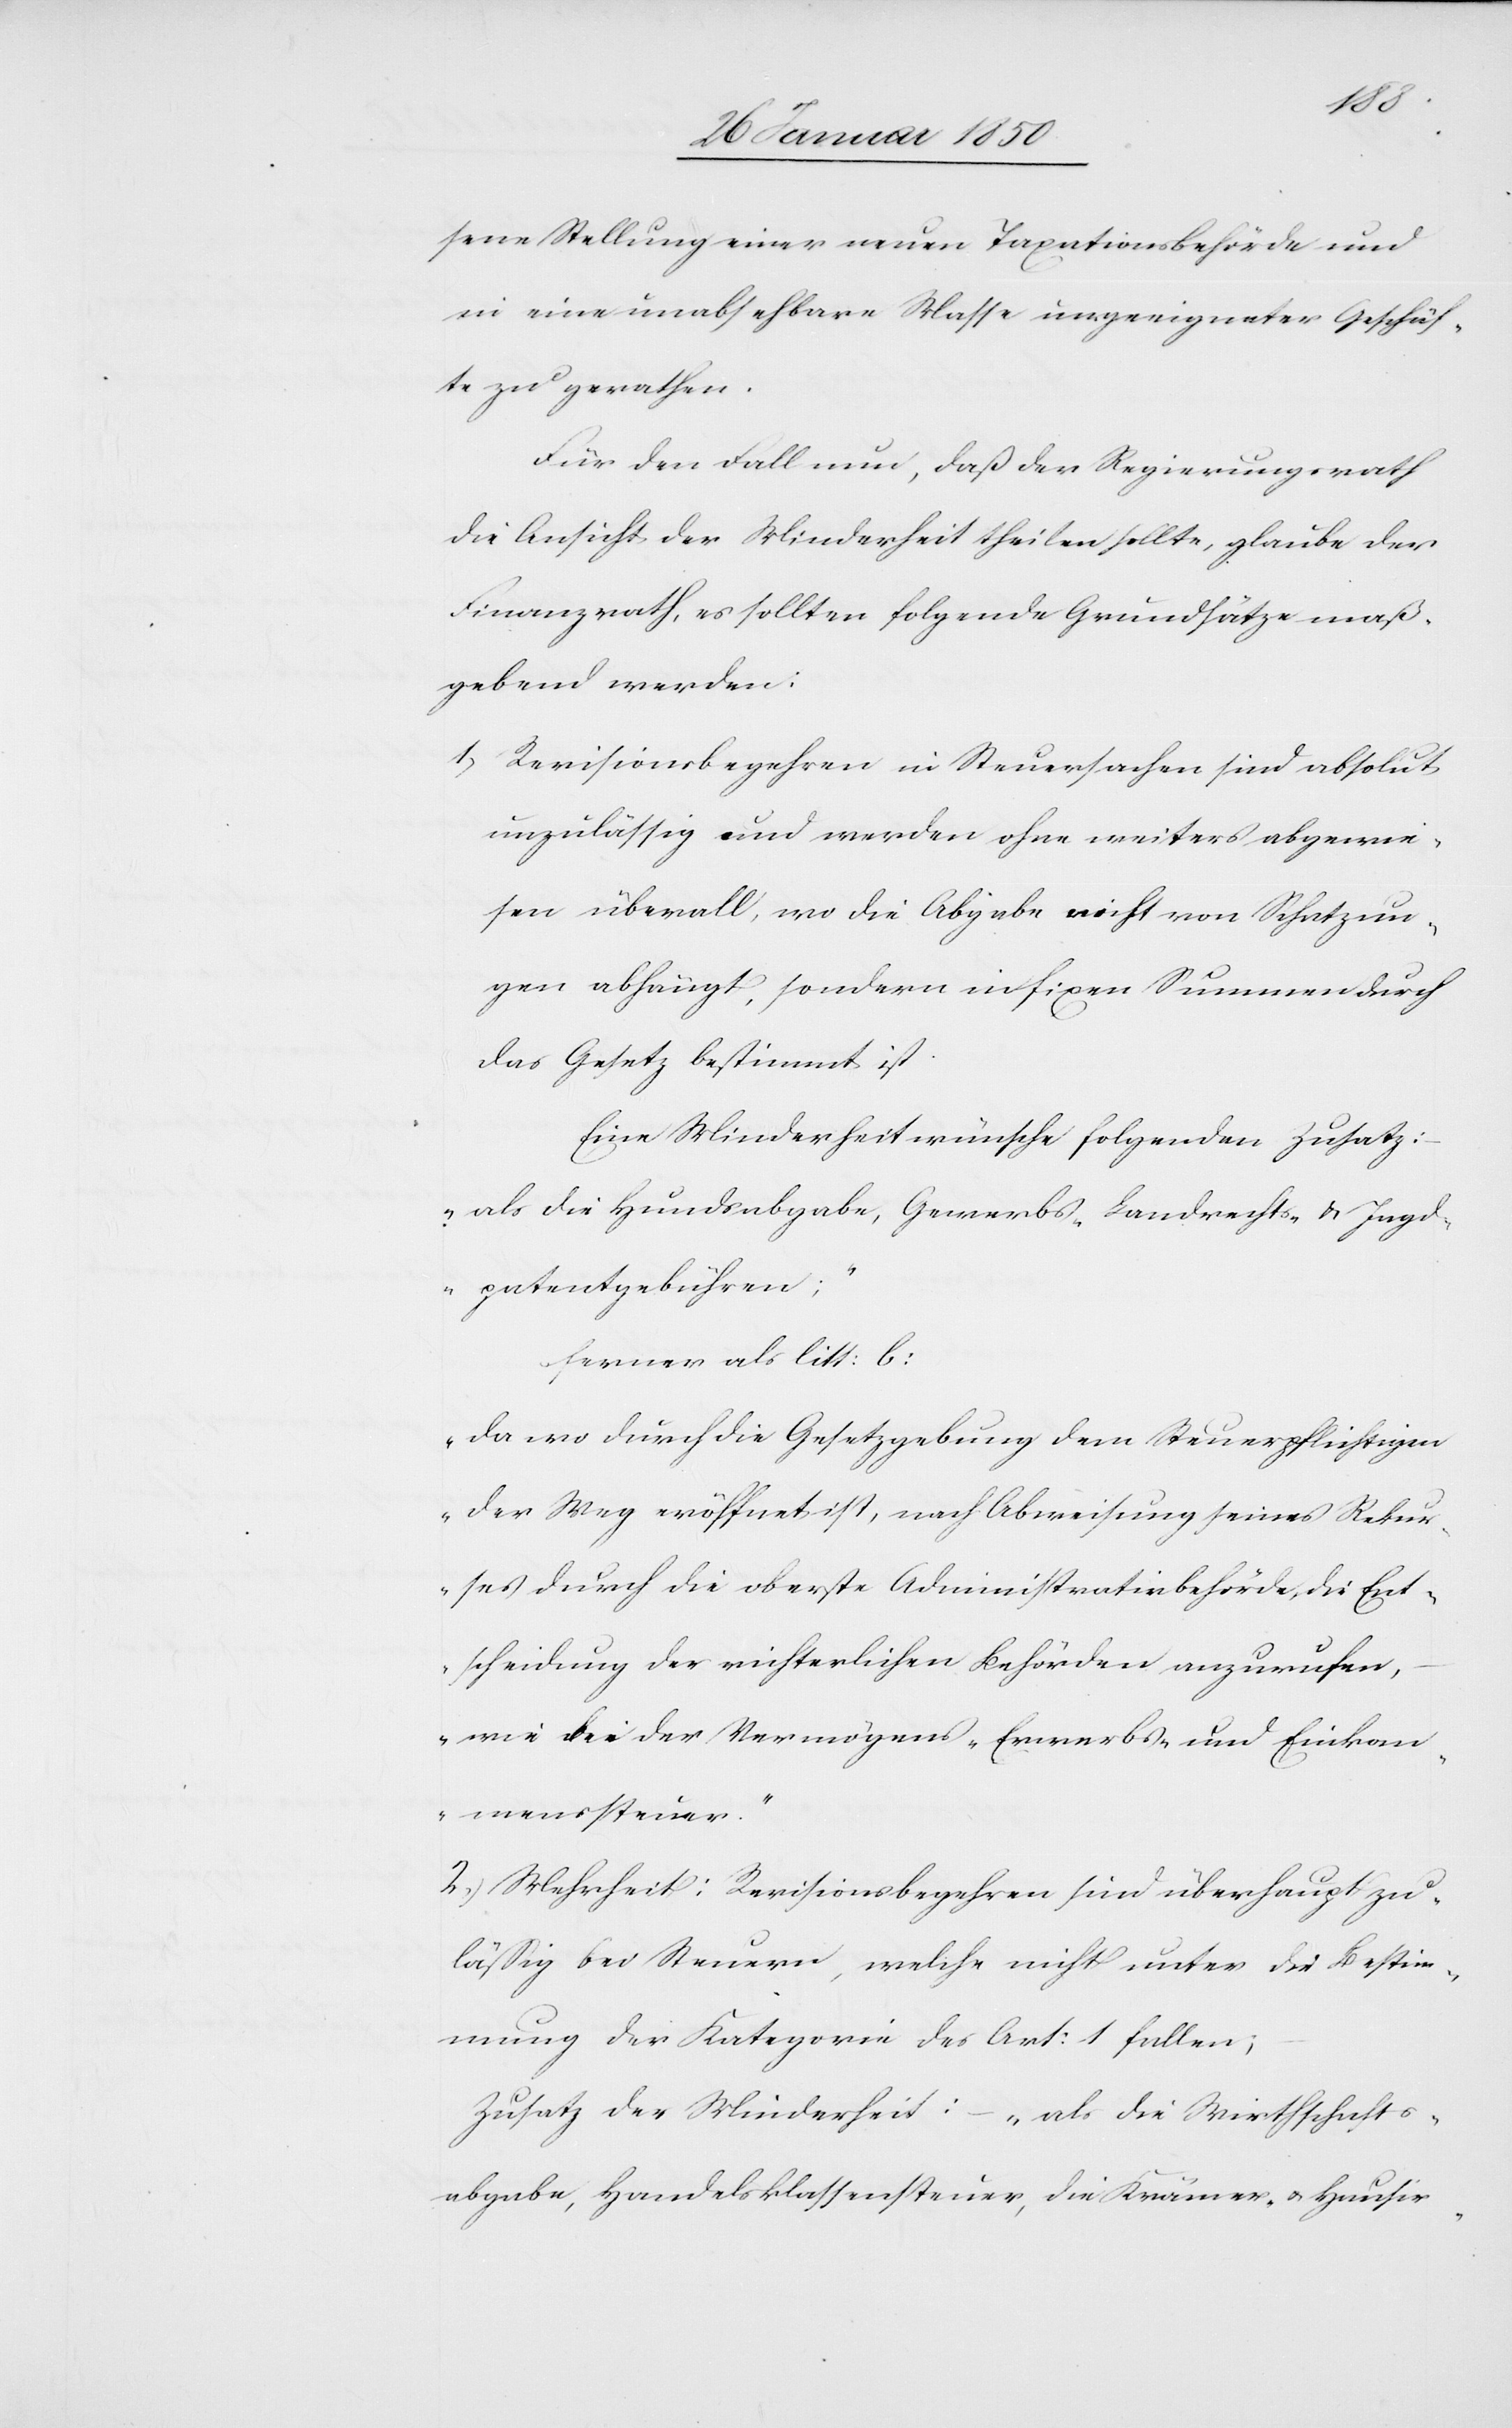
sene Stellung einer neuen Taxationsbehörde und
in eine unabsehbare Masse ungeeigneter Geschäf¬
te zu gerathen.
Für den Fall nun, daß der Regierungsrath
die Ansicht der Minderheit theilen sollte, glaube der
Finanzrath, es sollten folgende Grundsätze maß¬
gebend werden:
1, Revisionsbegehren in Steuersachen sind absolut
unzulässig und werden ohne weiters abgewie¬
sen überall, wo die Abgabe nicht von Schatzun¬
gen abhängt, sondern in fixen Summen durch
das Gesetz bestimmt ist.
Eine Minderheit wünsche folgenden Zusatz:
„als die Hundsabgabe, Gewerbs-[,] Landraths- u. Jagd¬
patentgebühren;“
ferner als litt: b:
„Da wo durch die Gesetzgebung dem Steuerpflichtigen
der Weg eröffnet ist, nach Abweisung seines Rekur¬
ses durch die oberste Administrativbehörde, die Ent¬
scheidung der richterlichen Behörden anzurufen,
wie die der Vermögens-[,] Erwerbs- und Einkom¬
menssteuer.“
2.) Mehrheit: Revisionsbegehren sind überhaupt zu¬
läßig bei Steuern, welche nicht unter die Bestim¬
mung der Kategorie des Art: 1 fallen;
Zusatz der Minderheit: „als die Wirthschafts¬
abgabe, Handelsklassensteuer, die Krämer- & Hausir-